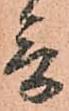
言